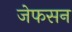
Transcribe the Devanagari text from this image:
जेफसन